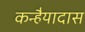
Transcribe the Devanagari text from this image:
कन्हैयादास